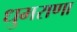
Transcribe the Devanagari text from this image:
धुमराणा